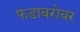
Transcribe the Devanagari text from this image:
फडाबरोबर